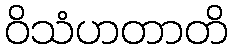
ဝိသံဟတာတိ